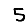
Digit: 5